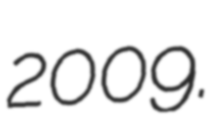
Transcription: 2009.